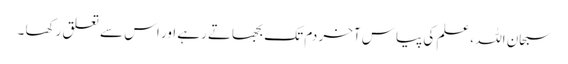
سبحان اللہ ،علم کی پیاس آخر دم تک بجھاتے رہے اور اس سے تعلق رکھا ۔